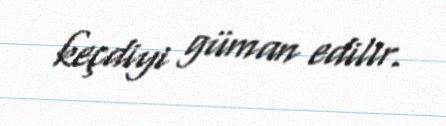
keçdiyi güman edilir.